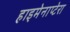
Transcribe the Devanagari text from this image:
हाइमेनाप्टेरा